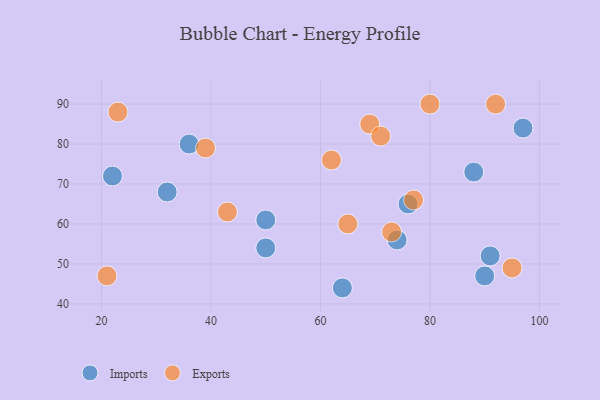
{"axis": {"x": "GDP", "y": "Life Expectancy"}, "legend": ["Exports", "Imports"], "data": [{"x": "64", "y": 44, "type": "Imports"}, {"x": "76", "y": 65, "type": "Imports"}, {"x": "32", "y": 68, "type": "Imports"}, {"x": "74", "y": 56, "type": "Imports"}, {"x": "91", "y": 52, "type": "Imports"}, {"x": "97", "y": 84, "type": "Imports"}, {"x": "22", "y": 72, "type": "Imports"}, {"x": "88", "y": 73, "type": "Imports"}, {"x": "36", "y": 80, "type": "Imports"}, {"x": "50", "y": 61, "type": "Imports"}, {"x": "50", "y": 54, "type": "Imports"}, {"x": "90", "y": 47, "type": "Imports"}, {"x": "95", "y": 49, "type": "Exports"}, {"x": "80", "y": 90, "type": "Exports"}, {"x": "73", "y": 58, "type": "Exports"}, {"x": "77", "y": 66, "type": "Exports"}, {"x": "69", "y": 85, "type": "Exports"}, {"x": "23", "y": 88, "type": "Exports"}, {"x": "62", "y": 76, "type": "Exports"}, {"x": "43", "y": 63, "type": "Exports"}, {"x": "71", "y": 82, "type": "Exports"}, {"x": "21", "y": 47, "type": "Exports"}, {"x": "65", "y": 60, "type": "Exports"}, {"x": "39", "y": 79, "type": "Exports"}, {"x": "92", "y": 90, "type": "Exports"}]}